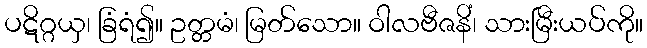
ပဋိဂ္ဂယှ၊ ခြံရံ၍။ ဥတ္တမံ၊ မြတ်သော။ ဝါလဗီဇနိံ၊ သားမြီးယပ်ကို။